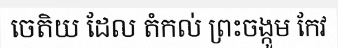
ចេតិយ ដែល តំកល់ ព្រះចង្កូម កែវ